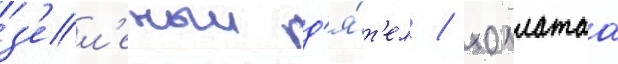
з'ел'еныи д'я́т'ел / хохлатаа